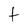
Character: t